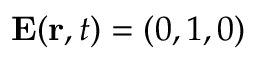
\mathbf { E } ( \mathbf { r } , t ) = ( 0 , 1 , 0 )